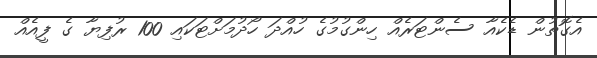
އެގޮތުން ޑެކެއާ ސެންޓަރެއް ހިންގުމުގެ ހުއްދަ ހޯދުމަށްޓަކައި 100 ރުފިޔާ ގެ ފީއެއް